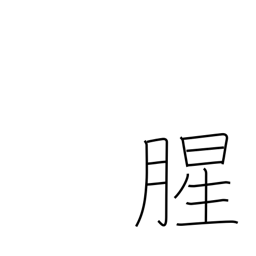
Meaning: raw smelling